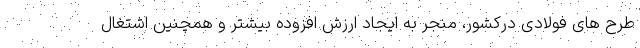
طرح های فولادی درکشور، منجر به ایجاد ارزش افزوده بیشتر و همچنین اشتغال